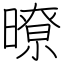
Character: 暸